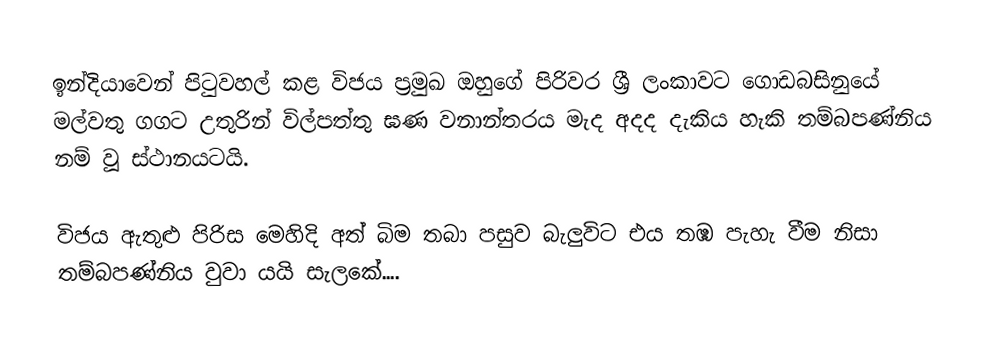
ඉන්දියාවෙන් පිටුවහල් කළ විජය ප්‍රමුඛ ඔහුගේ පිරිවර ශ්‍රී ලංකාවට ගොඩබසිනුයේ මල්වතු ගගට උතුරින් විල්පත්තු ඝණ වනාන්තරය මැද අදද දැකිය හැකි තම්බපණ්නිය නම් වූ ස්ථානයටයි.

විජය ඇතුළු පිරිස මෙහිදි අත් බිම තබා පසුව බැලුවිට එය තඹ පැහැ වීම නිසා තම්බපණ්නිය වුවා යයි සැලකේ....